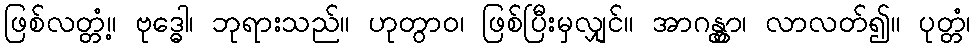
ဖြစ်လတ္တံ့။ ဗုဒ္ဓေါ၊ ဘုရားသည်။ ဟုတွာဝ၊ ဖြစ်ပြီးမှလျှင်။ အာဂန္တွာ၊ လာလတ်၍။ ပုတ္တံ၊